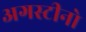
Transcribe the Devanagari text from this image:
अगस्टीनो